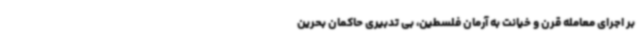
بر اجرای معامله قرن و خیانت به آرمان فلسطین، بی تدبیری حاکمان بحرین